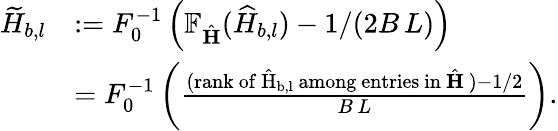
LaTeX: \begin{array}{rl}{\widetilde{H}_{b,l}}&{:=F_{0}^{-1}\left(\mathbb{F}_{\hat{\mathbf{H}}}(\widehat{H}_{b,l})-1/(2B\, L)\right)}\\ &{=F_{0}^{-1}\left(\frac{(\mathrm{rank~of~\hat{H}_{b,l}~among~entries~in~\hat{\mathbf{H}}~})-1/2}{B\, L}\right).}\end{array}